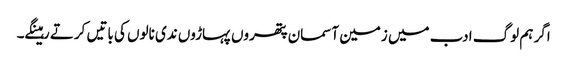
اگر ہم لوگ ادب میں زمین آسمان پتھروں پہاڑوں ندی نالوں کی باتیں کرتے رہینگے۔